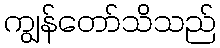
ကျွန်တော်သိသည်